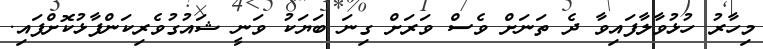
މިހާރު ހުޅުވާލާފައިވާ ދެ ތަނަށް ވެސް ވަރަށް ގިނަ ބަޔަކު ވަނީ ޝައުގުވެރިކަންފާޅުކޮށްފައި.